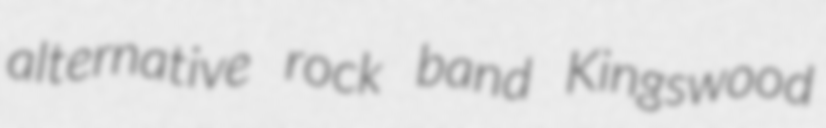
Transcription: alternative rock band Kingswood